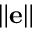
\lVert \mathbf e \rVert